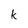
Character: k